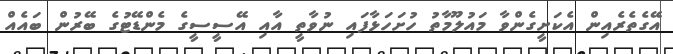
އޭގެތެރެއިން އެކަށީގެންވާ މައުލޫމާތު ހުށަހަޅާފައި ނުވާތީ އާއި އޭސީސީގެ މެންޑޭޓުގެ ބޭރުން ބައެއް